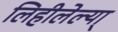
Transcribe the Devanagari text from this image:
लिहीलेल्या्